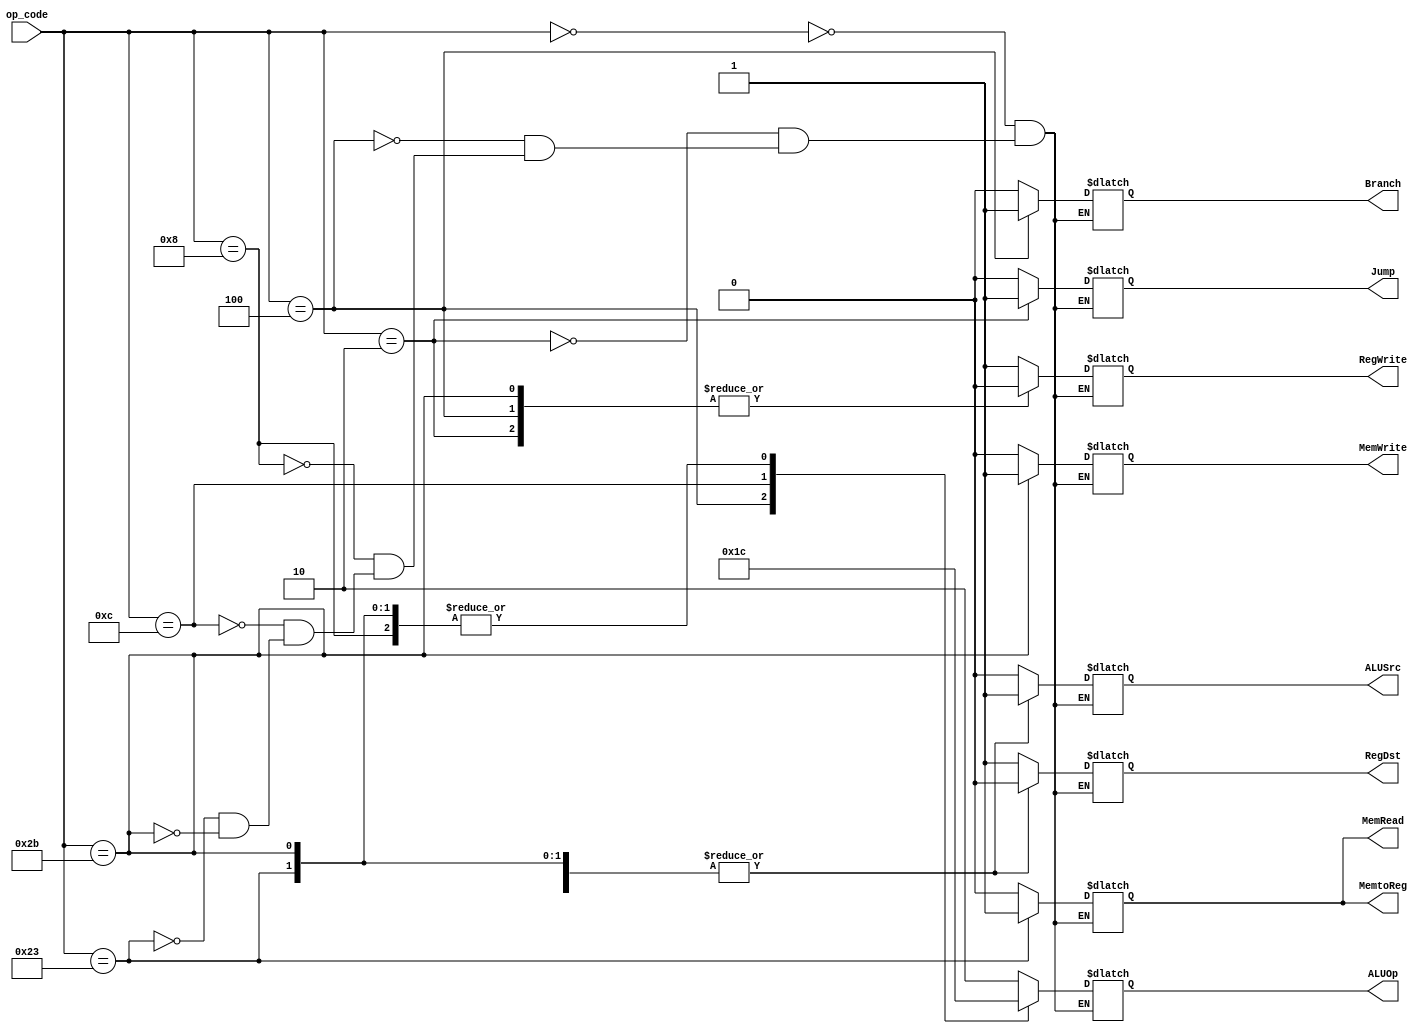
`ifndef MODULE_CONTROL
`define MODULE_CONTROL
`timescale 1ns / 1ps

module Control (
    input       [5:0]   op_code,
    output reg  [1:0]   ALUOp,
    output reg  RegDst,
                Jump,
                Branch,
                MemRead,
                MemtoReg,
                MemWrite,
                ALUSrc,
                RegWrite
);

    initial begin
        RegDst      = 1'b0;
        Jump        = 1'b0;
        Branch      = 1'b0;
        MemRead     = 1'b0;
        MemtoReg    = 1'b0;
        MemWrite    = 1'b0;
        ALUSrc      = 1'b0;
        RegWrite    = 1'b0;
        ALUOp       = 2'b00;
    end

    always @ ( op_code ) begin
        case (op_code)
            6'b000000: begin // R-type
                RegDst      <= 1'b1;
                Jump        <= 1'b0;
                Branch      <= 1'b0;
                MemRead     <= 1'b0;
                MemtoReg    <= 1'b0;
                MemWrite    <= 1'b0;
                ALUSrc      <= 1'b0;
                RegWrite    <= 1'b1;
                ALUOp       <= 2'b10;
            end
            6'b000010: begin // j
                RegDst      <= 1'b1;
                Jump        <= 1'b1;
                Branch      <= 1'b0;
                MemRead     <= 1'b0;
                MemtoReg    <= 1'b0;
                MemWrite    <= 1'b0;
                ALUSrc      <= 1'b0;
                RegWrite    <= 1'b0;
                ALUOp       <= 2'b10;
			end
            6'b000100: begin // beq
                RegDst      <= 1'b1;
                Jump        <= 1'b0;
                Branch      <= 1'b1;
                MemRead     <= 1'b0;
                MemtoReg    <= 1'b0;
                MemWrite    <= 1'b0;
                ALUSrc      <= 1'b0;
                RegWrite    <= 1'b0;
                ALUOp       <= 2'b01;
            end
            6'b000100: begin // bne
                RegDst      <= 1'b1;
                Jump        <= 1'b0;
                Branch      <= 1'b0;
                MemRead     <= 1'b0;
                MemtoReg    <= 1'b0;
                MemWrite    <= 1'b0;
                ALUSrc      <= 1'b0;
                RegWrite    <= 1'b0;
                ALUOp       <= 2'b01;
            end
            6'b001000: begin // addi
                RegDst      <= 1'b0;
                Jump        <= 1'b0;
                Branch      <= 1'b0;
                MemRead     <= 1'b0;
                MemtoReg    <= 1'b0;
                MemWrite    <= 1'b0;
                ALUSrc      <= 1'b1;
                RegWrite    <= 1'b1;
                ALUOp       <= 2'b00;
            end
            6'b001100: begin // andi
                RegDst      <= 1'b0;
                Jump        <= 1'b0;
                Branch      <= 1'b0;
                MemRead     <= 1'b0;
                MemtoReg    <= 1'b0;
                MemWrite    <= 1'b0;
                ALUSrc      <= 1'b1;
                RegWrite    <= 1'b1;
                ALUOp       <= 2'b11;
            end
            6'b100011: begin // lw
                RegDst      <= 1'b0;
                Jump        <= 1'b0;
                Branch      <= 1'b0;
                MemRead     <= 1'b1;
                MemtoReg    <= 1'b1;
                MemWrite    <= 1'b0;
                ALUSrc      <= 1'b1;
                RegWrite    <= 1'b1;
                ALUOp       <= 2'b00;
			end
            6'b101011: begin // sw
                RegDst      <= 1'b0;
                Jump        <= 1'b0;
                Branch      <= 1'b0;
                MemRead     <= 1'b0;
                MemtoReg    <= 1'b0;
                MemWrite    <= 1'b1;
                ALUSrc      <= 1'b1;
                RegWrite    <= 1'b0;
                ALUOp       <= 2'b00;
			end

            default: ;
        endcase
    end

endmodule
`endif